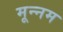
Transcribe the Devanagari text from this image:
मून्नम